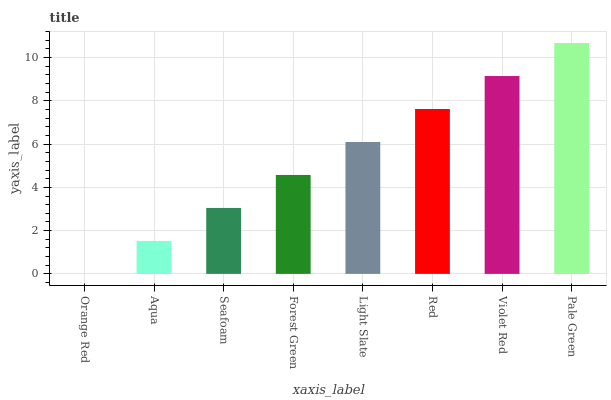
| xaxis_label | bars |
 | --- | --- |
 | Orange Red | 0 |
 | Aqua | 1.52 |
 | Seafoam | 3.05 |
 | Forest Green | 4.57 |
 | Light Slate | 6.1 |
 | Red | 7.62 |
 | Violet Red | 9.15 |
 | Pale Green | 10.7 |